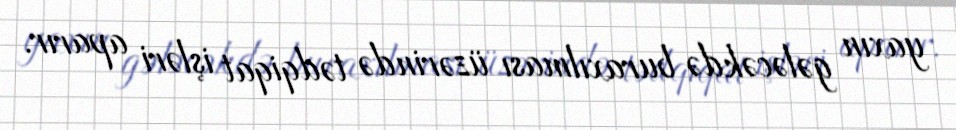
yaxın gələcəkdə buraxılması üzərində tədqiqat işləri aparır.